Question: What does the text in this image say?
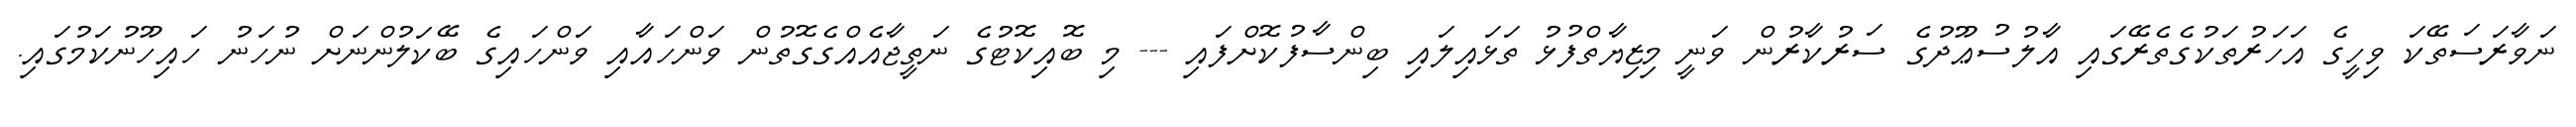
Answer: ނަވާރަސަތޭކަ ވިހީގެ އަހަރުތަކުގެތެރޭގައި އާލުސުޢޫދުގެ ސަރުކާރުން ވަނީ މިޒިޔާތްފުޅު ތަޅައިލައި ބިންސާފުކޮށްފައި --- މި ބޮއިކޮޓުގެ ނަތީޖާއެއްގެގޮތުން ވަންހައާއި ވަންހައިގެ ބޭކަލުންނަށް ނުހަނު ހައިހޫނުކަމުގައި.